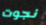
نجوت